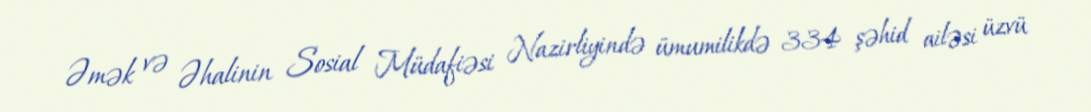
Əmək və Əhalinin Sosial Müdafiəsi Nazirliyində ümumilikdə 334 şəhid ailəsi üzvü